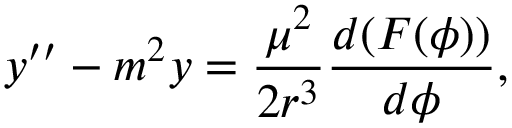
y ^ { \prime \prime } - m ^ { 2 } y = { \frac { \mu ^ { 2 } } { 2 r ^ { 3 } } } { \frac { d ( F ( \phi ) ) } { d \phi } } ,